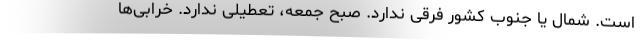
است. شمال یا جنوب کشور فرقی ندارد. صبح جمعه، تعطیلی ندارد. خرابی‌ها